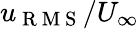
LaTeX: u_{\mathrm{~R~M~S~}}/U_{\infty}